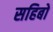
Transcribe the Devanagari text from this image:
सहिबो